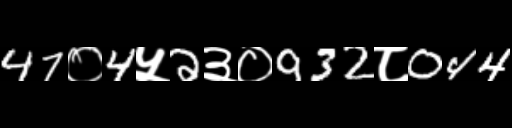
Text: 47०4५2३०932८044